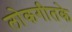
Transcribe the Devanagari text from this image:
लोकगीतके